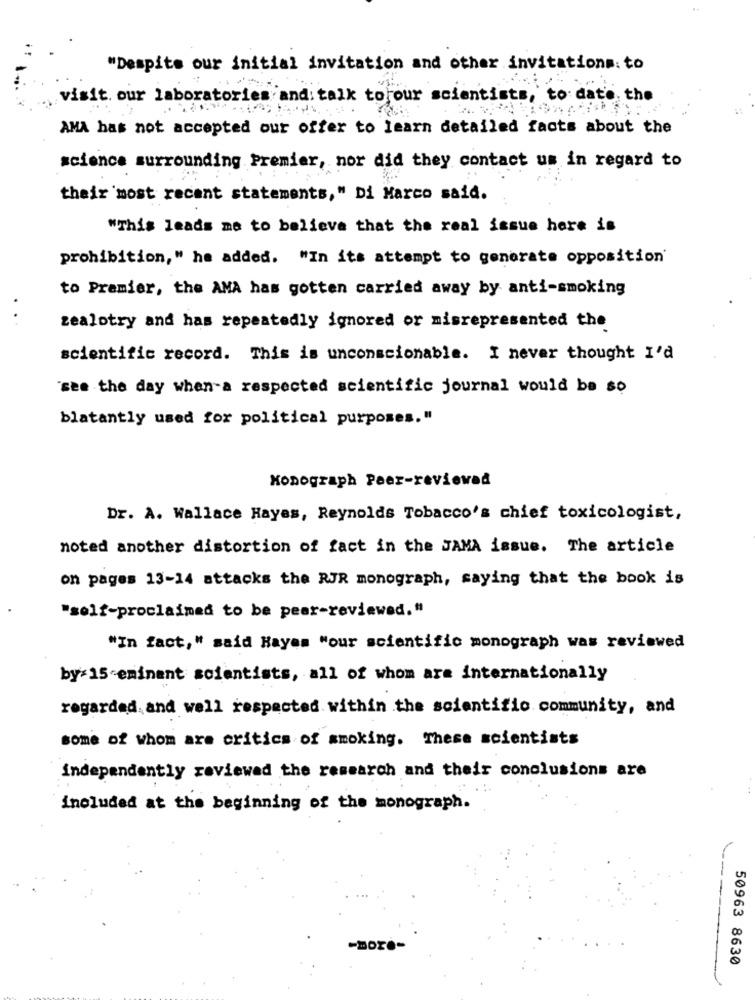
"Despite our initial invitation and other invitations: to
visit our laboratories and talk toyour scientists, to date the
AMA has not accepted our offer to learn detailed facts about the
science surrounding Premier, nor did they contact us in regard to
their most recent statements," Di Marco said.
"This leads me to believe that the real issue here is
prohibition," he added. "In its attempt to generate opposition'
to Premier, the AMA has gotten carried away by anti-smoking
. . .
zealotry and has repeatedly ignored or misrepresented the
scientific record. This is unconscionable. I never thought I'd
"see the day when-a respected scientific journal would be so
blatantly used for political purposes."
Monograph Peer-reviewed
Dr. A. Wallace Hayas, Reynolds Tobacco's chief toxicologist,
noted another distortion of fact in the JAMA issue. The article
on pages 13-14 attacks the RJR monograph, saying that the book is
"self-proclaimed to be peer-reviewed."
"In fact," said Hayas "our scientific monograph was reviewed
by 15 eminent scientists, all of whom are internationally
regarded, and well respected within the scientific community, and
some of whom are critics of smoking. These scientists
independently reviewed the research and their conclusions are
included at the beginning of the monograph.
50963 8630